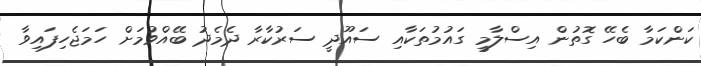
ކަންކަމާ ބެހޭ ގޮތުން އިސްލާމީ ގައުމުތަކާއި ސައޫދީ ސަރުކާރާ ދެމެދު ބޭއްވުމަށް ހަމަޖެހިފައިވާ